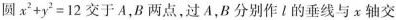
圆$$x ^ { 2 } + y ^ { 2 } = 1 2$$交于A，B两点，过A，B分别作l的垂线与x轴交